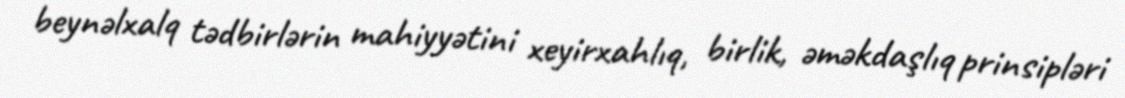
beynəlxalq tədbirlərin mahiyyətini xeyirxahlıq, birlik, əməkdaşlıq prinsipləri